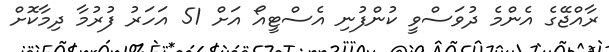
ރާއްޖޭގެ އެންމެ ދުވަސްވީ ކުންފުނި އެސްޓީއޯ އަށް 51 އަހަރު ފުރުމާ ދިމާކޮށް